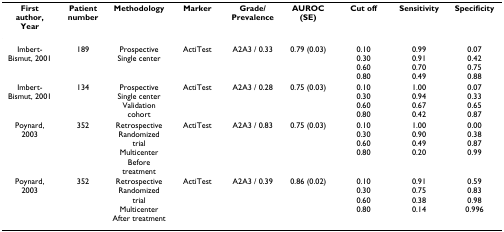
<table><thead><tr><td><b>First author, Year</b></td><td><b>Patient number</b></td><td><b>Methodology</b></td><td><b>Marker</b></td><td><b>Grade/Prevalence</b></td><td><b>AUROC (SE)</b></td><td><b>Cut off</b></td><td><b>Sensitivity</b></td><td><b>Specificity</b></td></tr></thead><tbody><tr><td>Imbert-Bismut, 2001</td><td>189</td><td>ProspectiveSingle center</td><td>ActiTest</td><td>A2A3 / 0.33</td><td>0.79 (0.03)</td><td>0.100.300.600.80</td><td>0.990.910.700.49</td><td>0.070.420.750.88</td></tr><tr><td>Imbert-Bismut, 2001</td><td>134</td><td>ProspectiveSingle centerValidation cohort</td><td>ActiTest</td><td>A2A3 / 0.28</td><td>0.75 (0.03)</td><td>0.100.300.600.80</td><td>1.000.940.670.42</td><td>0.070.330.650.87</td></tr><tr><td>Poynard, 2003</td><td>352</td><td>RetrospectiveRandomized trialMulticenterBefore treatment</td><td>ActiTest</td><td>A2A3 / 0.83</td><td>0.75 (0.03)</td><td>0.100.300.600.80</td><td>1.000.900.490.20</td><td>0.000.380.870.99</td></tr><tr><td>Poynard, 2003</td><td>352</td><td>RetrospectiveRandomized trialMulticenterAfter treatment</td><td>ActiTest</td><td>A2A3 / 0.39</td><td>0.86 (0.02)</td><td>0.100.300.600.80</td><td>0.910.750.380.14</td><td>0.590.830.980.996</td></tr></tbody></table>